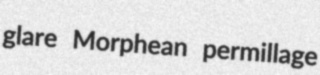
glare Morphean permillage